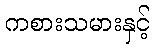
ကစားသမားနှင့်